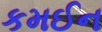
કમઈન